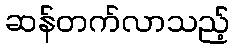
ဆန်တက်လာသည့်